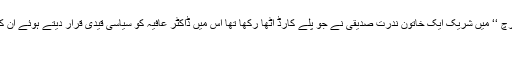
’’خواتین مارچ ‘‘ میں شریک ایک خاتون ندرت صدیقی نے جو پلے کارڈ اٹھا رکھا تھا اس میں ڈاکٹر عافیہ کو سیاسی قیدی قرار دیتے ہوئے ان کی رہائی کا
مطالبہ کیا۔